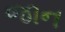
જાન